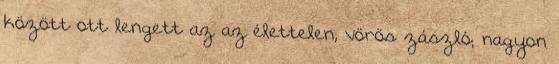
között ott lengett az az élettelen, vörös zászló; nagyon